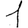
Digit: 1